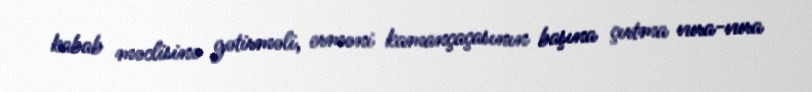
kabab məclisinə gətirməli, erməni kamançaçasının başına çırtma vura-vura